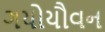
ગયોયૌવન